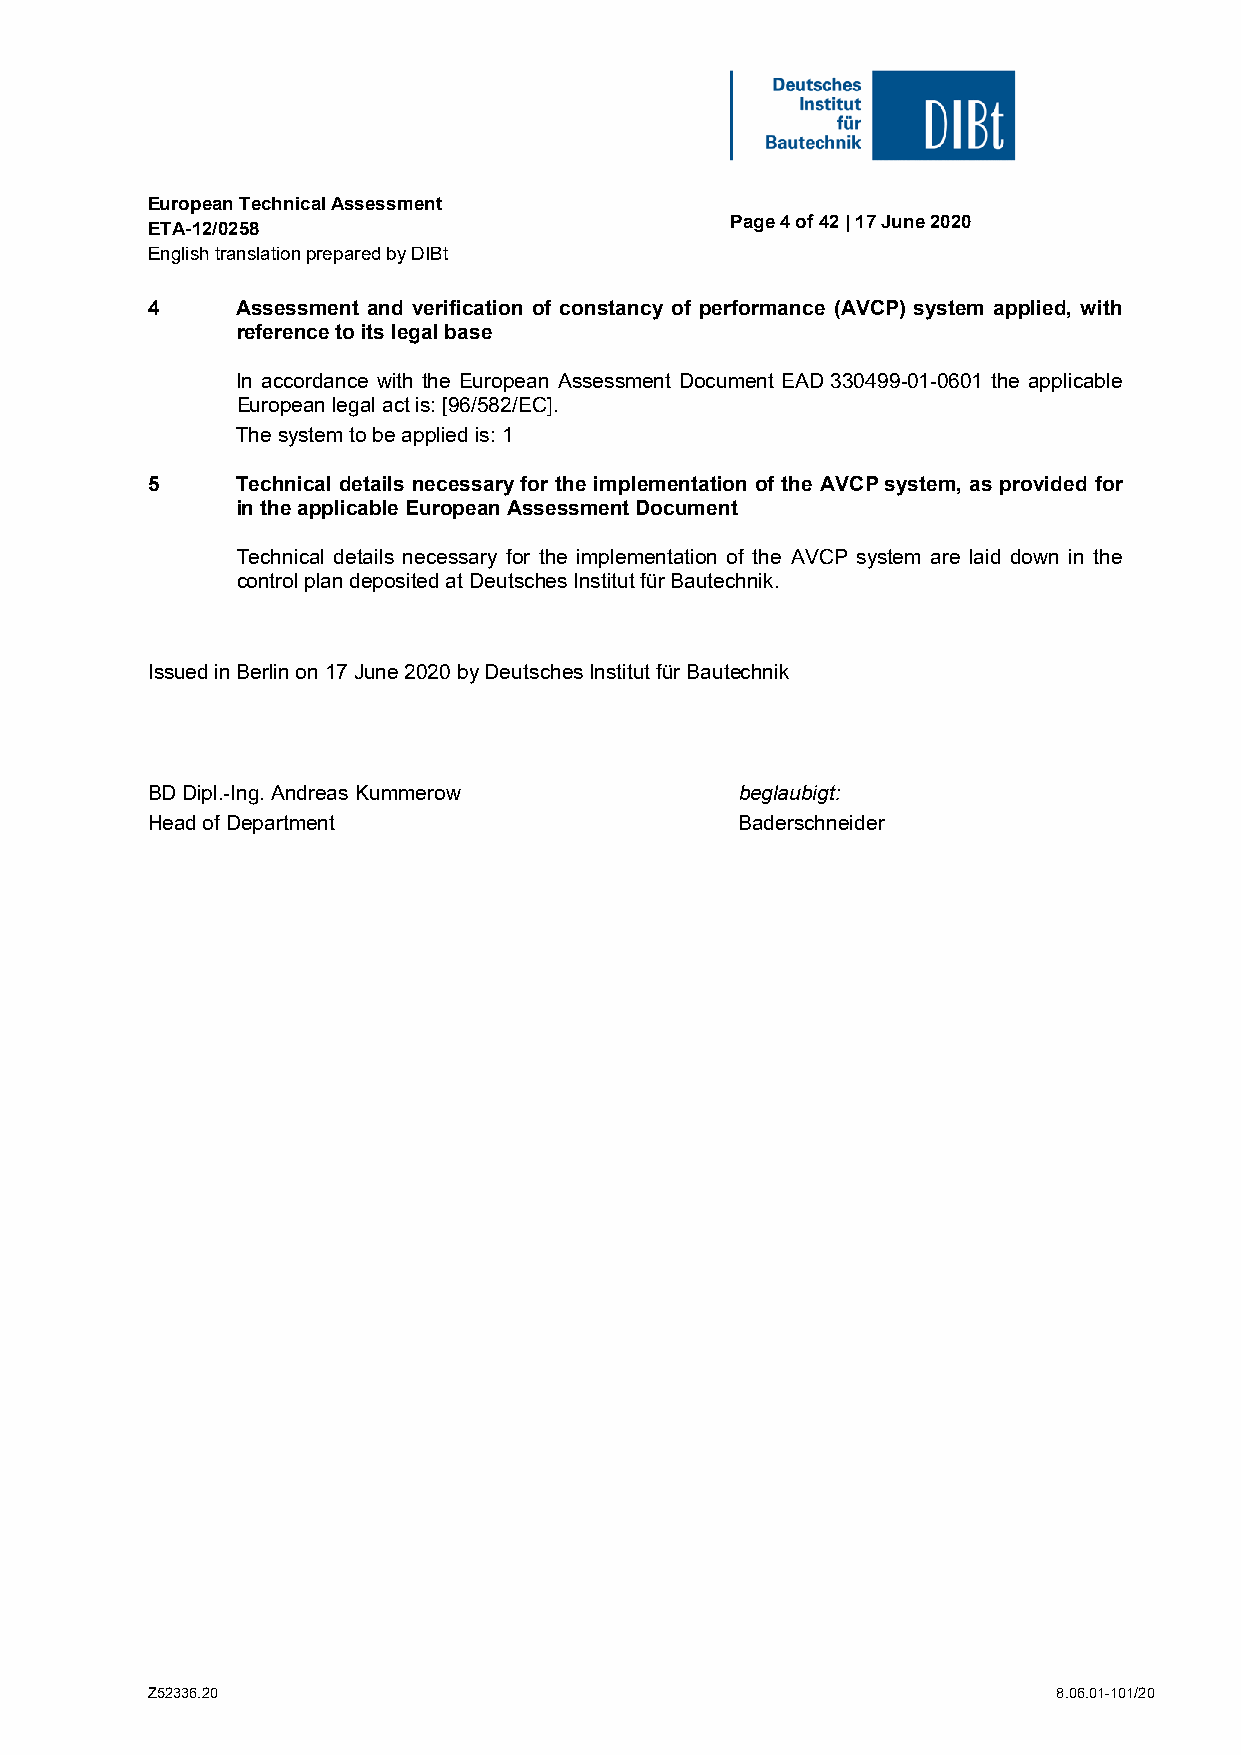
European Technical Assessment
 Page 4 of 42 | 17 June 2020
 ETA-12/0258
 English translation prepared by DIBt
 4     Assessment and verification of constancy of performance (AVCP) system applied, with
 reference to its legal base
 In accordance with the European Assessment Document EAD 330499-01-0601 the applicable
 European legal act is: [96/582/EC].
 The system to be applied is: 1
 5     Technical details necessary for the implementation of the AVCP system, as provided for
 in the applicable European Assessment Document
 Technical details necessary for the implementation of the AVCP system are laid down in the
 control plan deposited at Deutsches Institut für Bautechnik.
 Issued in Berlin on 17 June 2020 by Deutsches Institut für Bautechnik
 BD Dipl.-Ing. Andreas Kummerow         beglaubigt:
 Head of Department                     Baderschneider
 Z52336.20                                                   8.06.01-101/20